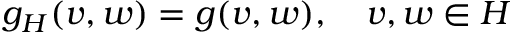
g _ { H } ( v , w ) = g ( v , w ) , \quad v , w \in H